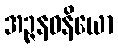
အဉ္ဇနဝနိယော